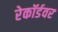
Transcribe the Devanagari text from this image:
रेकॉर्डवर